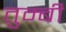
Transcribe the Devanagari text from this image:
तुम्बी